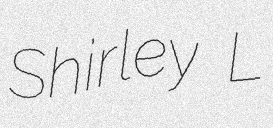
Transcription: Shirley L